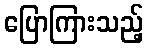
ပြောကြားသည့်